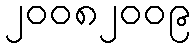
၂၀၀၈၂၀၀၉